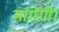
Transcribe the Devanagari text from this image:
मांगेगी।